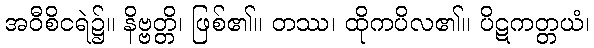
အဝီစိငရဲ၌။ နိဗ္ဗတ္တိ၊ ဖြစ်၏။ တဿ၊ ထိုကပိလ၏။ ပိဋကတ္တယံ၊